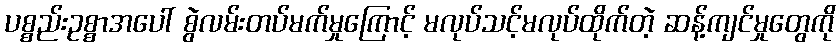
ပစ္စည်းဥစ္စာအပေါ် စွဲလမ်းတပ်မက်မှုကြောင့် မလုပ်သင့်မလုပ်ထိုက်တဲ့ ဆန့်ကျင်မှုတွေကို